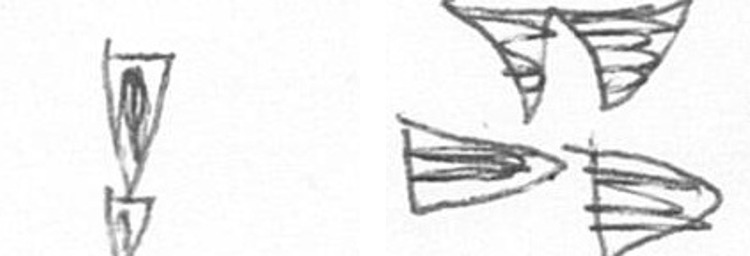
Z B